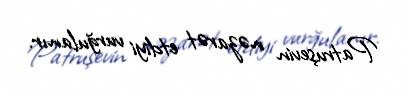
Patruşevin nəzarət etdiyi vurğulanır.